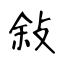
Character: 敍